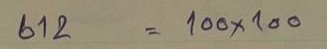
612 = 100x100